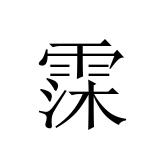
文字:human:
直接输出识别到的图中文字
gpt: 霂